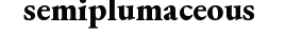
semiplumaceous